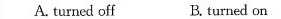
A. turned off B.turned on